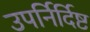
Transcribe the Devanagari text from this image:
उपर्निर्दिष्ट